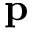
\mathbf { p }